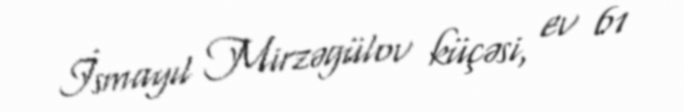
İsmayıl Mirzəgülov küçəsi, ev 61